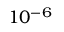
1 0 ^ { - 6 }